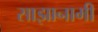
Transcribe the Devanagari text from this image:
साझानामी